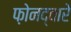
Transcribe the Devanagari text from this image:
फ़ोनद्वारे